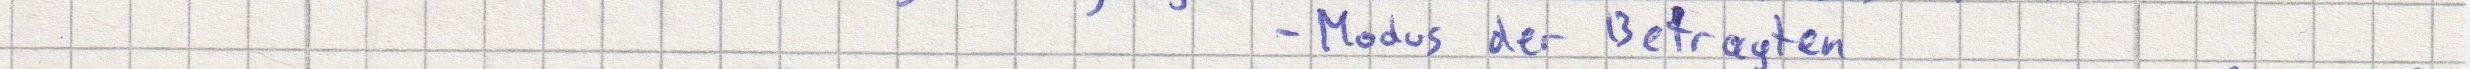
- Modus der Befragten